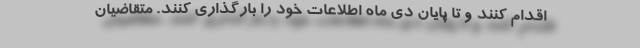
اقدام کنند و تا پایان دی ماه اطلاعات خود را بارگذاری کنند. متقاضیان